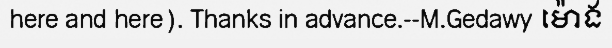
here and here). Thanks in advance.--M.Gedawy ម៉ោង